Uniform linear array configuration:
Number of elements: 4
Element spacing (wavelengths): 0.5
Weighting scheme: hamming
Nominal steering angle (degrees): -15
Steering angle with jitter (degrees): -15.563
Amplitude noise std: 0.05
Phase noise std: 0.05

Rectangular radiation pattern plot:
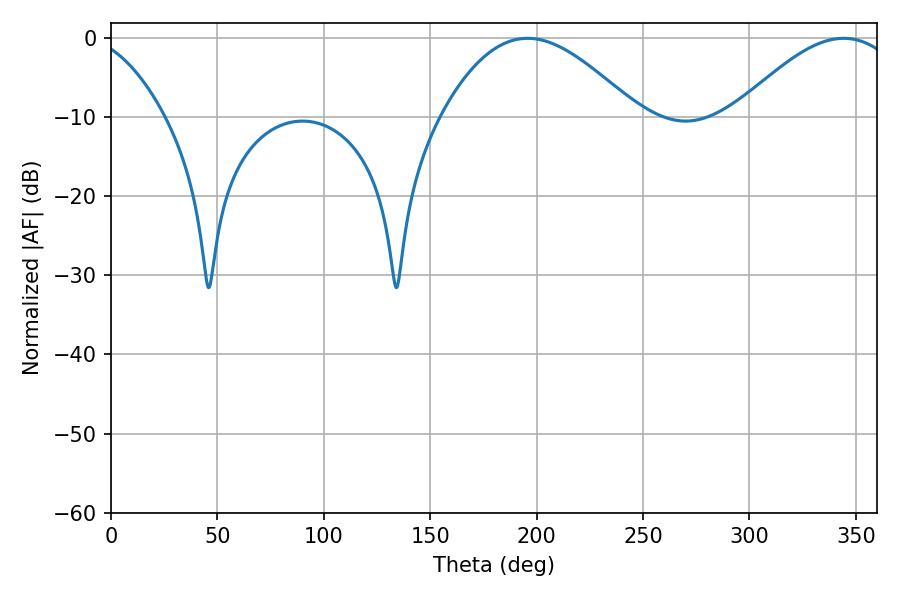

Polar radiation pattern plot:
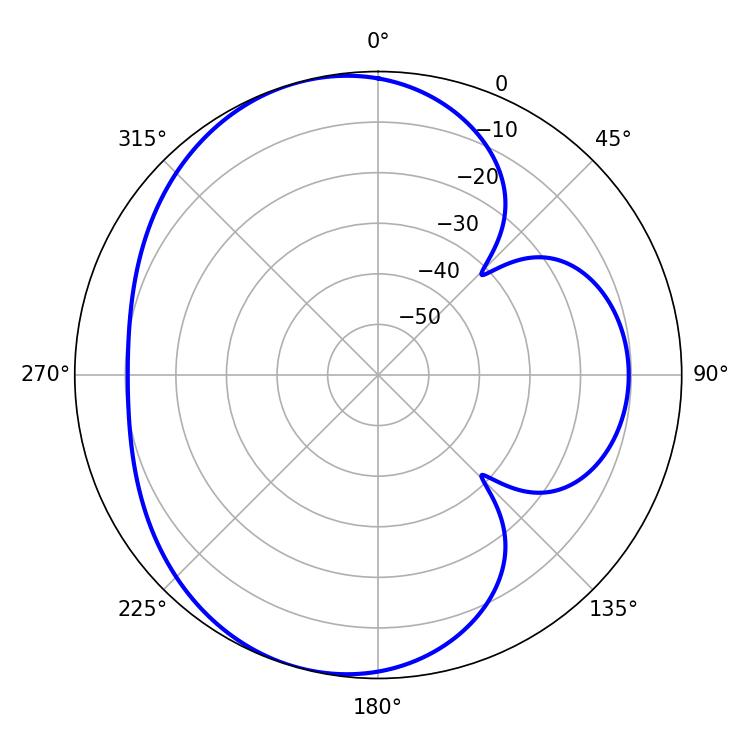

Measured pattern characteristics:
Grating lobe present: FALSE
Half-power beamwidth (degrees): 49.68
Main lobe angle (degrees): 195.66